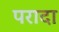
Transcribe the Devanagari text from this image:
परादा